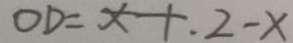
O D = x + . 2 - x